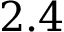
2 . 4